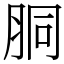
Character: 胴